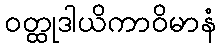
ဝတ္ထုဒါယိကာဝိမာနံ